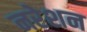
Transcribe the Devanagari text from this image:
नरेशन